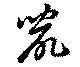
鼠